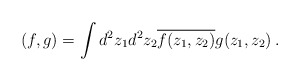
\begin{align*}(f,g)=\int d^2z_1 d^2 z_2 \overline{f(z_1,z_2)}g(z_1,z_2)\,.\end{align*}